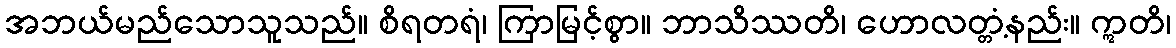
အဘယ်မည်သောသူသည်။ စိရတရံ၊ ကြာမြင့်စွာ။ ဘာသိဿတိ၊ ဟောလတ္တံ့နည်း။ ဣတိ၊